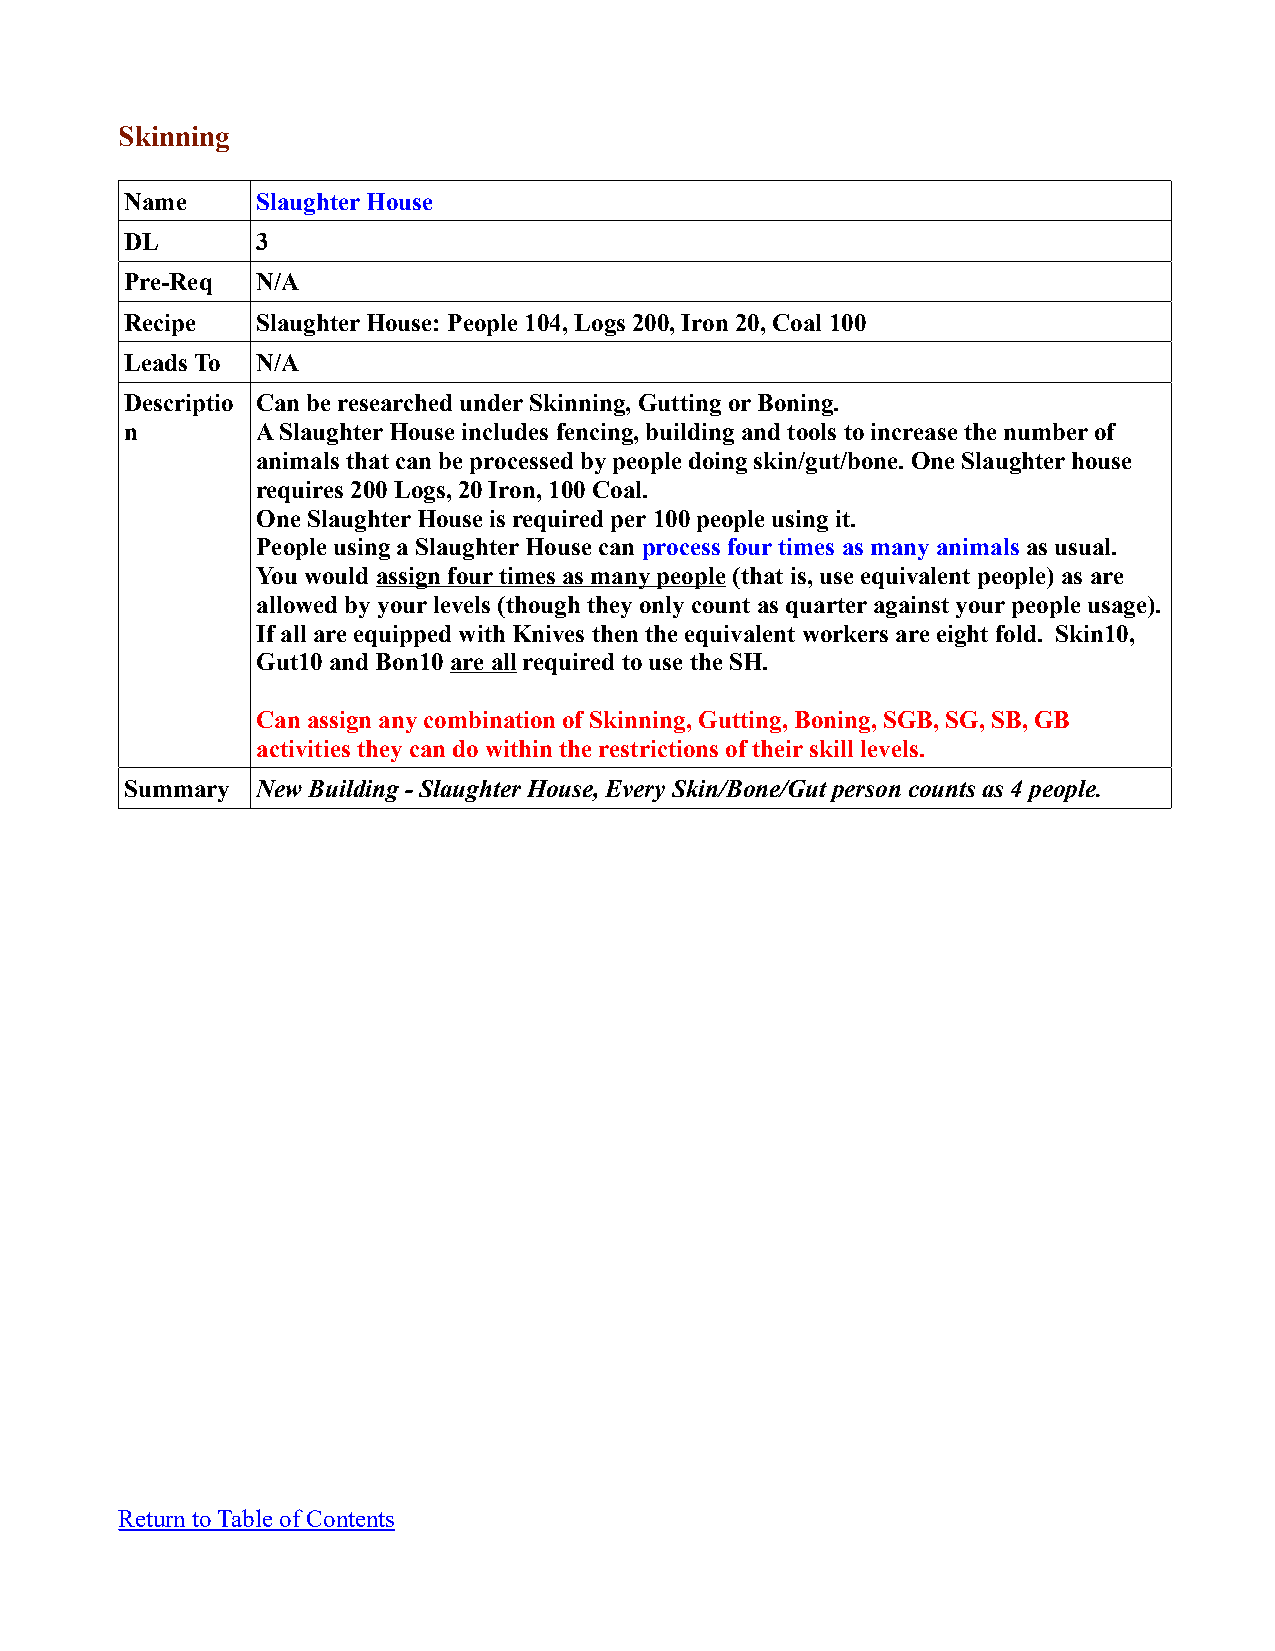
Skinning
 Name     Slaughter House
 DL       3
 Pre-Req  N/A
 Recipe   Slaughter House: People 104, Logs 200, Iron 20, Coal 100
 Leads To N/A
 Descriptio Can be researched under Skinning, Gutting or Boning.
 n        A Slaughter House includes fencing, building and tools to increase the number of
 animals that can be processed by people doing skin/gut/bone. One Slaughter house
 requires 200 Logs, 20 Iron, 100 Coal.
 One Slaughter House is required per 100 people using it.
 People using a Slaughter House can process four times as many animals as usual.
 You would assign four times as many people (that is, use equivalent people) as are
 allowed by your levels (though they only count as quarter against your people usage).
 If all are equipped with Knives then the equivalent workers are eight fold. Skin10,
 Gut10 and Bon10 are all required to use the SH.
 Can assign any combination of Skinning, Gutting, Boning, SGB, SG, SB, GB
 activities they can do within the restrictions of their skill levels.
 Summary  New Building - Slaughter House, Every Skin/Bone/Gut person counts as 4 people.
 Return to Table of Contents